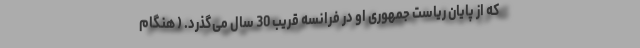
که از پایان ریاست جمهوری او در فرانسه قریب 30 سال می‌گذرد. ( هنگام